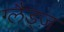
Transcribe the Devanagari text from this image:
ग्लैड्ज़